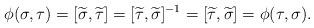
LaTeX: \begin{align*} \phi(\sigma, \tau) = [\widetilde \sigma, \widetilde \tau] = [\widetilde \tau, \widetilde \sigma]^{-1} = [\widetilde \tau, \widetilde \sigma] = \phi(\tau, \sigma).\end{align*}